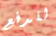
للدفع